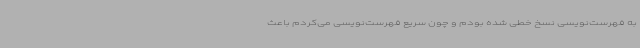
به فهرست‌نویسی نسخ خطی شده بودم و چون سریع فهرست‌نویسی می‌کردم باعث